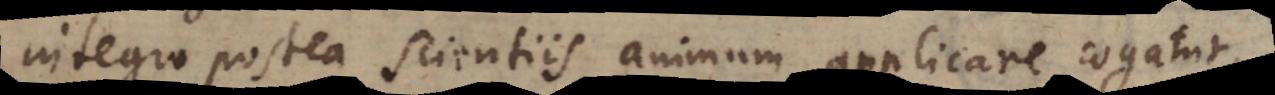
integro postea scientiis animum applicare cogatur,